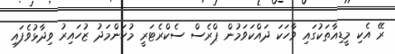
ރޭ އެކި މީޑިއާތަކުގައި ވާހަކަ ދައްކަވަމުން ޕްރެސް ސެކްރެޓަރީ މުހަންމަދު ޒުހައިރު ވިދާޅުވެފައި